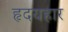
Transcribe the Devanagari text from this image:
हृदयहार